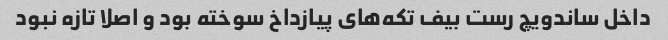
داخل ساندویچ رست بیف تکه‌های پیازداخ سوخته بود و اصلا تازه نبود